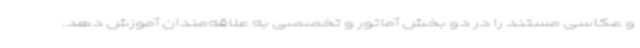
و عکاسی مستند را در دو بخش آماتور و تخصصی به علاقه‌مندان آموزش دهد.